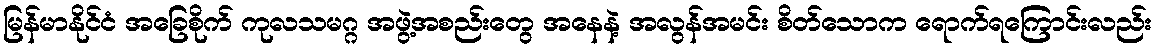
မြန်မာနိုင်ငံ အခြေစိုက် ကုလသမဂ္ဂ အဖွဲ့အစည်းတွေ အနေနဲ့ အလွန်အမင်း စိတ်သောက ရောက်ရကြောင်းလည်း